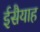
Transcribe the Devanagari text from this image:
ईसैयाह